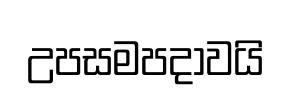
උපසමපදාවයි